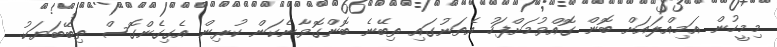
މިމީހުން އަމިއްލައަށް ބޮން ގޮއްވުމަށްފަހު އެތަނުގައި ތިބޭނެ ބޮންގޮވާނެކަން ކުރިން އެގިގެންގޮސް ތިބޭބަޔަކު.